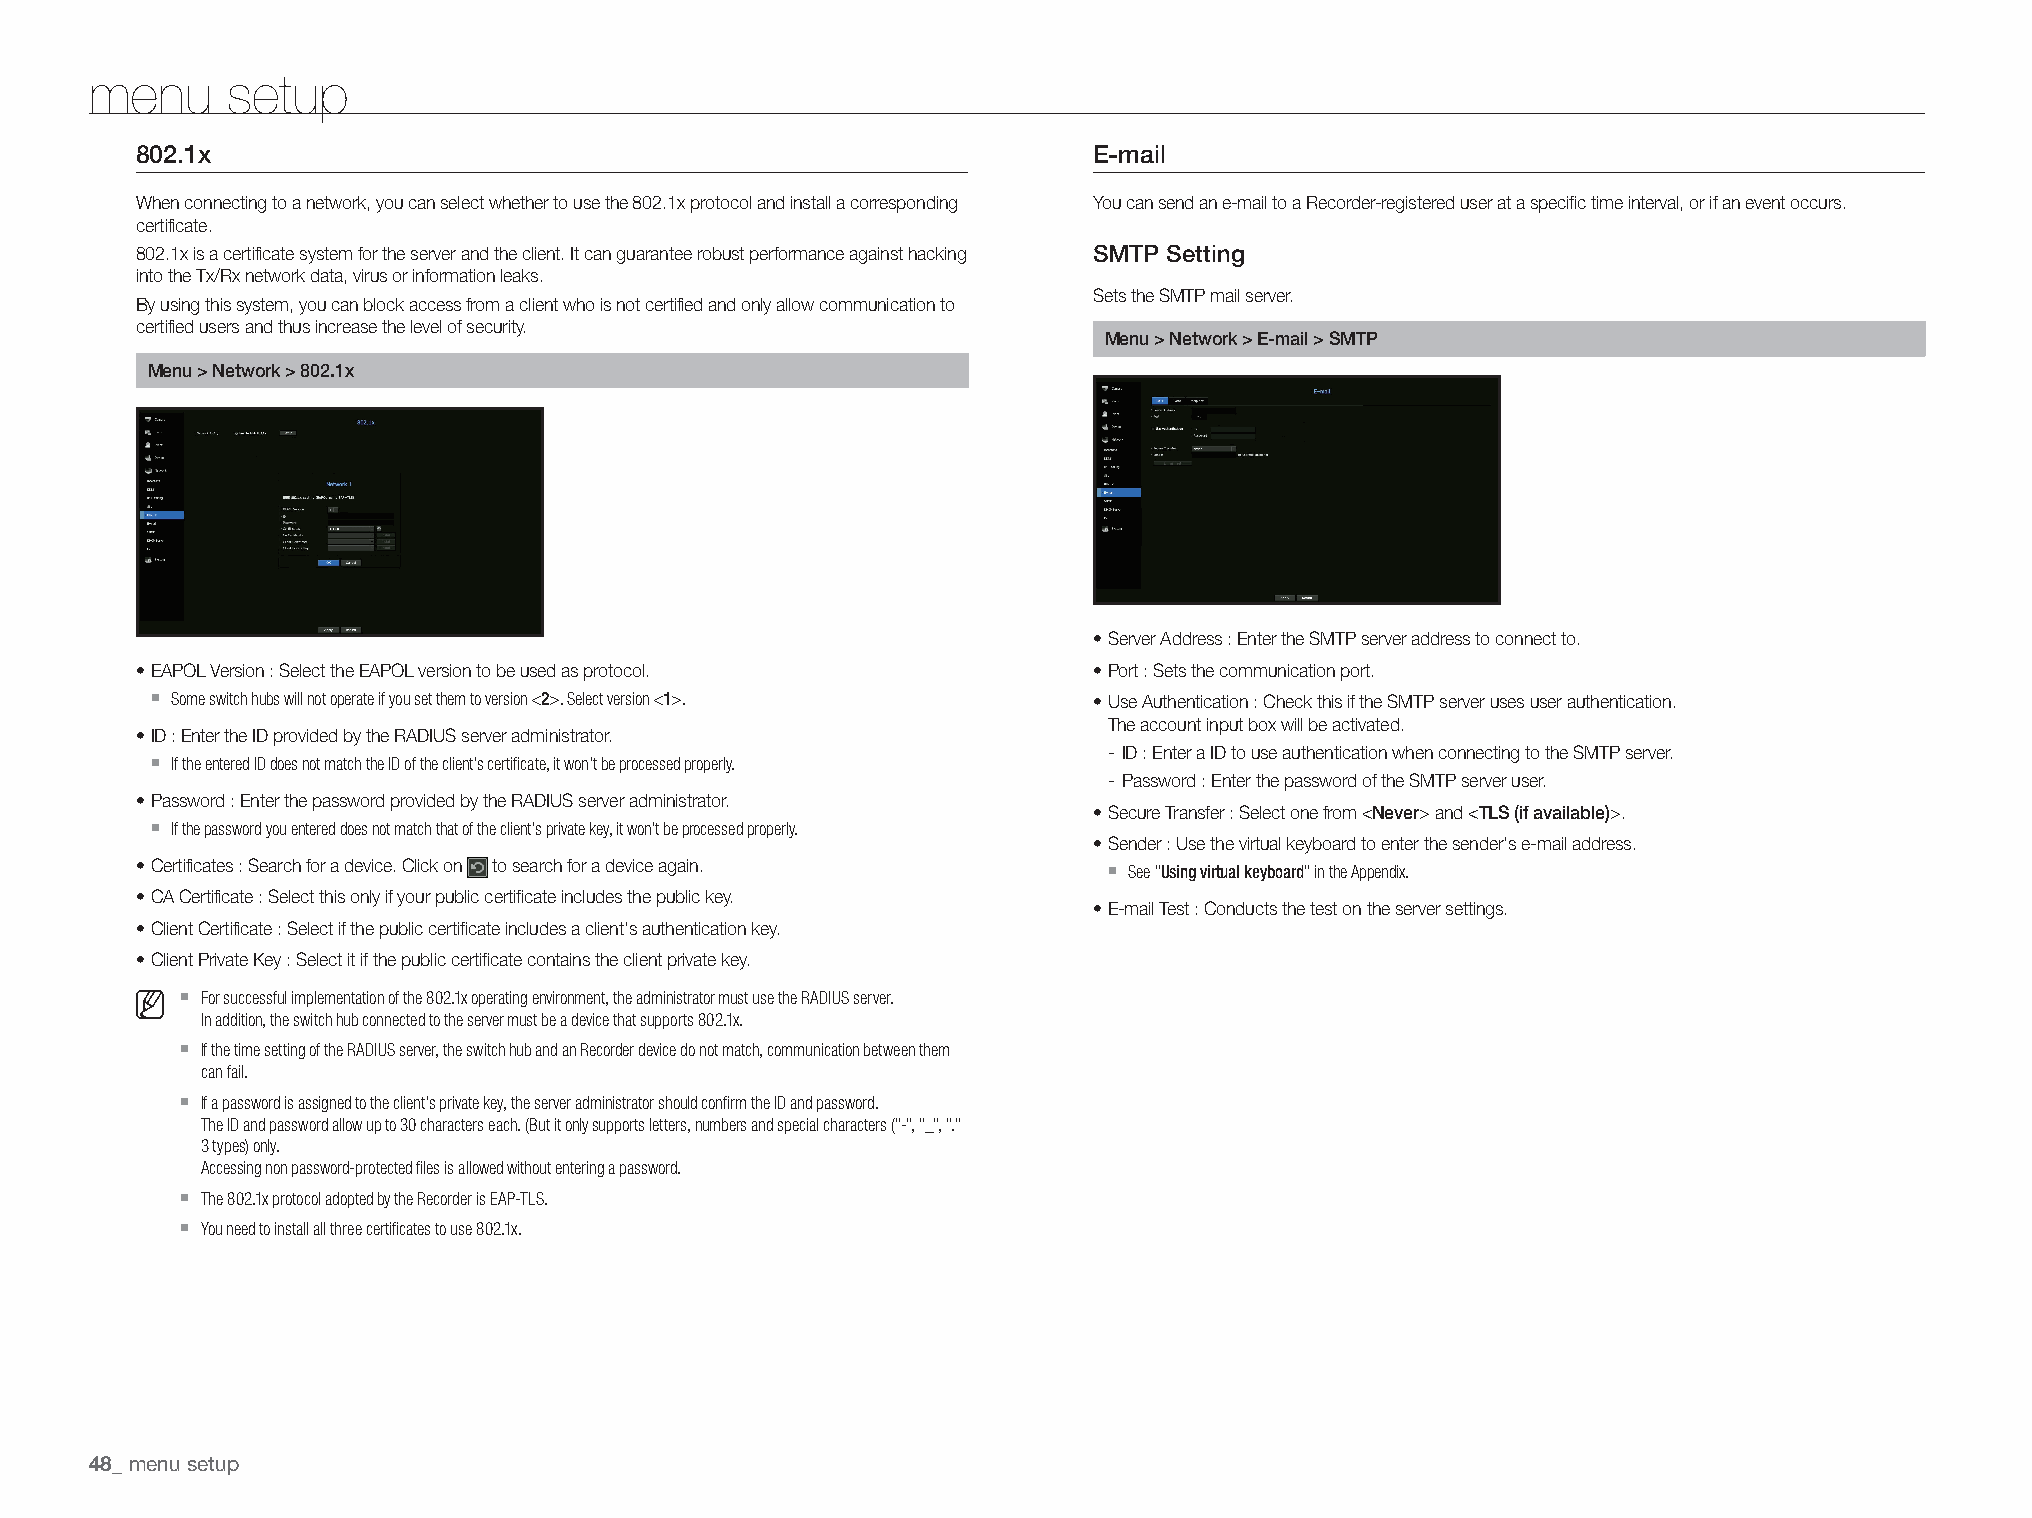
menu     setup
 802.1x                                                         E-mail
 When connecting to a network, you can select whether to use the 802.1x protocol and install a corresponding You can send an e-mail to a Recorder-registered user at a specific time interval, or if an event occurs.
 certificate.
 802.1x is a certificate system for the server and the client. It can guarantee robust performance against hacking
 SMTP Setting
 into the Tx/Rx network data, virus or information leaks.
 Sets the SMTP mail server.
 By using this system, you can block access from a client who is not certified and only allow communication to
 certified users and thus increase the level of security.
 Menu > Network > E-mail > SMTP
 Menu > Network > 802.1x
 • Server Address : Enter the SMTP server address to connect to.
 • EAPOL Version : Select the EAPOL version to be used as protocol. • Port : Sets the communication port.
 `
 Some switch hubs will not operate if you set them to version <2>. Select version <1>. • Use Authentication : Check this if the SMTP server uses user authentication.
 The account input box will be activated.
 • ID : Enter the ID provided by the RADIUS server administrator.
 `                                                              - ID : Enter a ID to use authentication when connecting to the SMTP server.
 If the entered ID does not match the ID of the client's certificate, it won't be processed properly.
 - Password : Enter the password of the SMTP server user.
 • Password : Enter the password provided by the RADIUS server administrator.
 `                                                             • Secure Transfer : Select one from <Never> and <TLS (if available)>.
 If the password you entered does not match that of the client's private key, it won't be processed properly.
 • Sender : Use the virtual keyboard to enter the sender's e-mail address.
 • Certificates : Search for a device. Click on to search for a device again. ` See "Using virtual keyboard" in the Appendix.
 • CA Certificate : Select this only if your public certificate includes the public key.
 • E-mail Test : Conducts the test on the server settings.
 • Client Certificate : Select if the public certificate includes a client's authentication key.
 • Client Private Key : Select it if the public certificate contains the client private key.
 `
 For successful implementation of the 802.1x operating environment, the administrator must use the RADIUS server.
 In addition, the switch hub connected to the server must be a device that supports 802.1x.
 `
 If the time setting of the RADIUS server, the switch hub and an Recorder device do not match, communication between them
 can fail.
 `
 If a password is assigned to the client's private key, the server administrator should confirm the ID and password.
 The ID and password allow up to 30 characters each. (But it only supports letters, numbers and special characters ("-", "_", "."
 3 types) only.
 Accessing non password-protected files is allowed without entering a password.
 `
 The 802.1x protocol adopted by the Recorder is EAP-TLS.
 `
 You need to install all three certificates to use 802.1x.
 menu setup
 48_